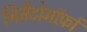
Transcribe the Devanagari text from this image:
निमैटोमॉर्फ़ा